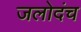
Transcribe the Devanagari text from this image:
जलोदंच